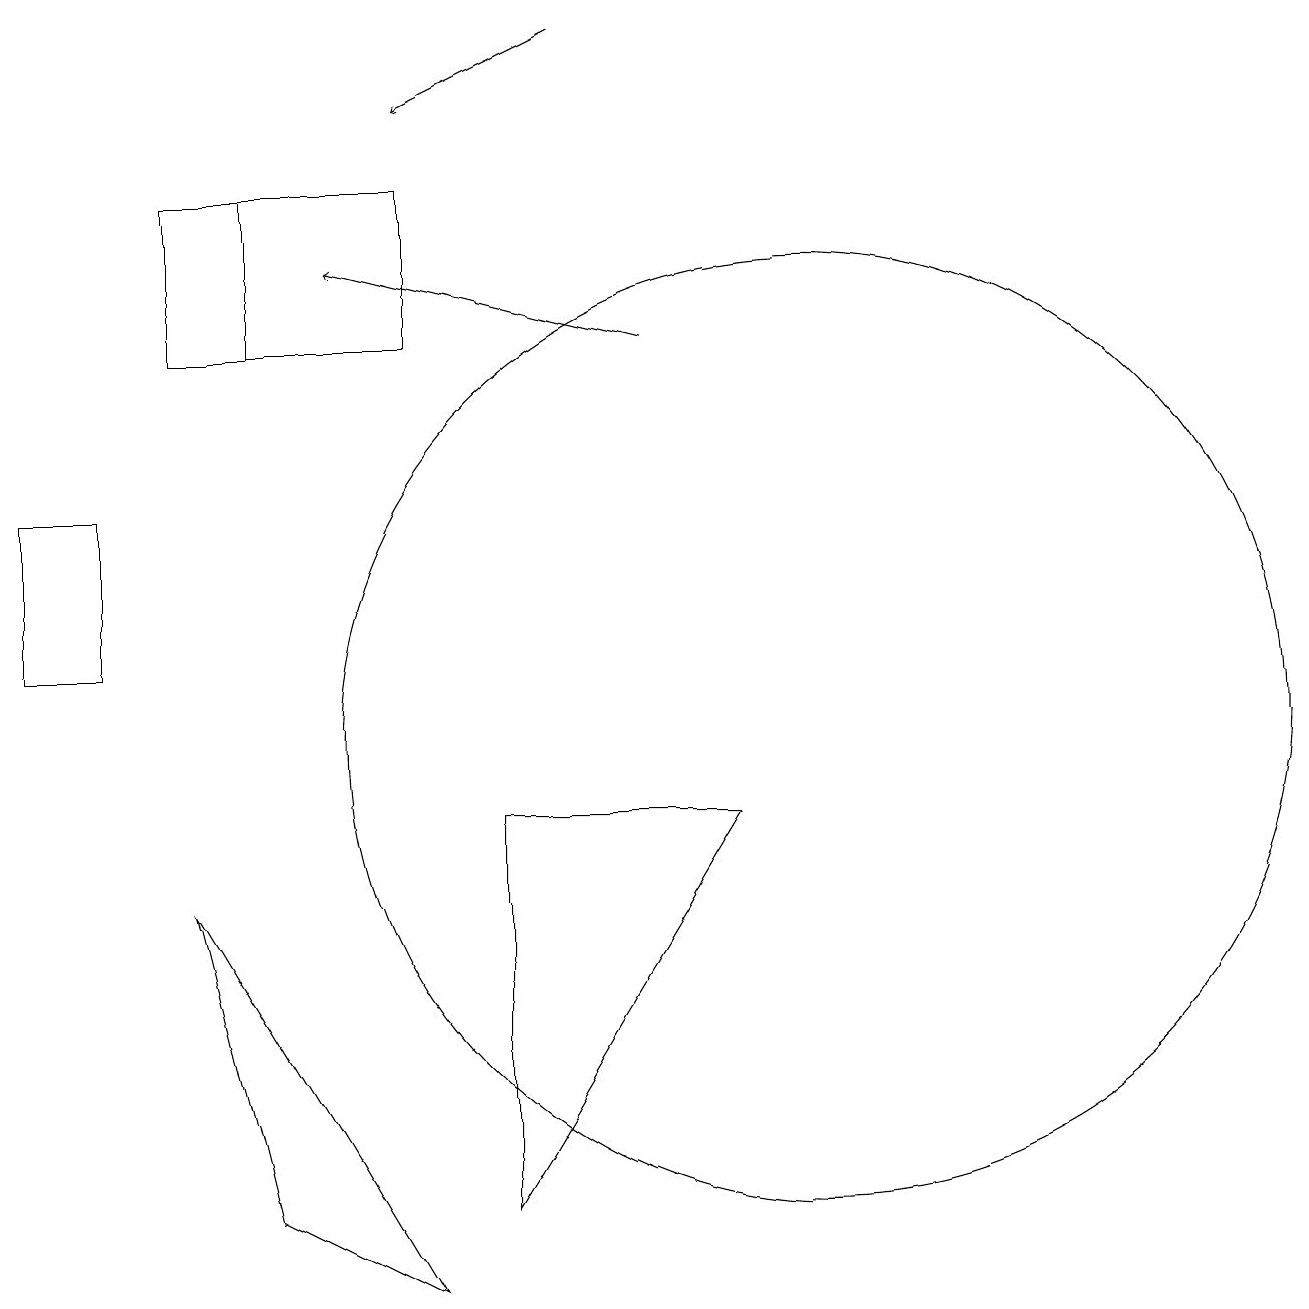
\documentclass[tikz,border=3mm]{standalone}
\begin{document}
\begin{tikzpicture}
\draw (10,10) circle (6);
\draw (2,15) rectangle (5,17);
\draw (0,11) rectangle (1,13);
\draw[->] (7,19) -- (5,18);
\draw[->] (8,15) -- (4,16);
\draw (3,4) -- (5,3) -- (2,8) -- cycle;
\draw (6,4) -- (6,9) -- (9,9) -- cycle;
\draw (3,15) rectangle (3,17);
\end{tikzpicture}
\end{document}